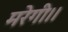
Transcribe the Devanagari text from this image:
मरेगी।।